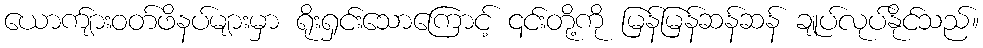
ယောက်ျားဝတ်ဖိနပ်များမှာ ရိုးရှင်းသောကြောင့် ၎င်းတို့ကို မြန်မြန်ဆန်ဆန် ချုပ်လုပ်နိုင်သည်။